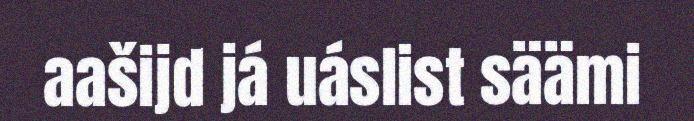
aašijd já uáslist säämi